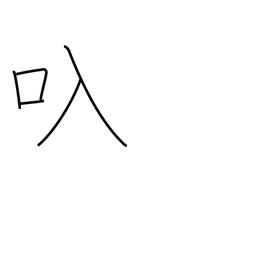
Meaning: straw bag